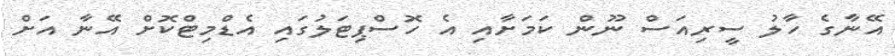
އޭނާގެ ހާލު ސީރިއަސް ނޫން ކަމަށާއި އެ ހޮސްޕިޓަލުގައި އެޑްމިޓްކޮށް އޭނާ އަށް